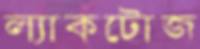
ল্যাকটোজ